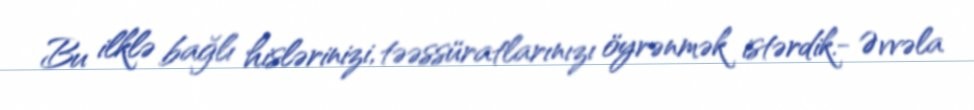
Bu ilklə bağlı hislərinizi, təəssüratlarınızı öyrənmək istərdik.- Əvvəla